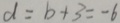
d = b + 3 = - 6